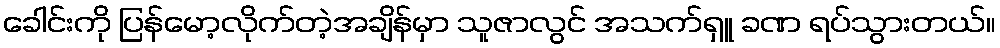
ခေါင်းကို ပြန်မော့လိုက်တဲ့အချိန်မှာ သူဇာလွင် အသက်ရှူ ခဏ ရပ်သွားတယ်။